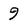
Character: 9